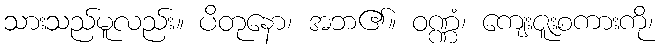
သားသည်မူလည်း။ ပိတုနော၊ အဘ၏။ ဝဏ္ဏံ၊ ကျေးဇူးစကားကို၊